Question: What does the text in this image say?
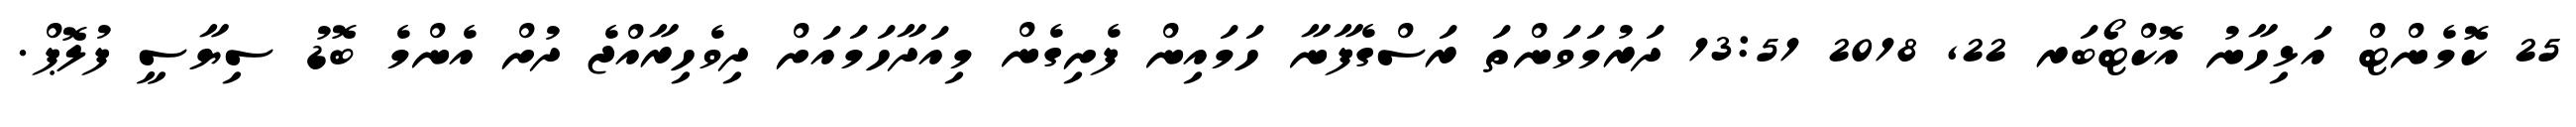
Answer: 25 ކޮމެންޓް އަޅިހާނު އޮކްޓޯބަރ 22, 2018 13:51 ދަރުމަވަންތަ ރަސްގެފާނާ ހަމައިން ފެށިގެން މިއަދާހަމައަށް ދިވެހިރާއްޖެ ދުށް އެންމެ ބޮޑު ސިޔާސީ ފުލޮޕް.